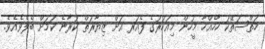
ހަތްސަތޭކަ ހާހެއްހާ މީހުން މިއަހަރުގެ ފެއަރ އަށް ޒިޔާރަތް ކުރާނެ ކަމަށް ބެލެވެއެވެ.